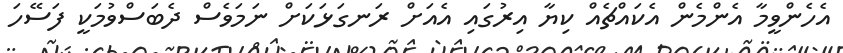
އެހެންވީމާ އެންމެން އެކައްޗެއް ކިޔާ އިރުގައި އެއަށް ރަނގަޅަކަށް ނަމަވެސް ދެބަސްވުމަކީ ފަސޭހަ